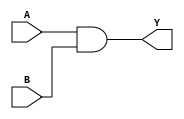
`timescale 1ns / 1ps
//////////////////////////////////////////////////////////////////////////////////
// Company: 
// Engineer: 
// 
// Design Name: 
// Module Name:    ANDgate 
// Project Name: 
// Target Devices: 
// Tool versions: 
// Description: 
//
// Dependencies: 
//
// Revision: 
// Revision 0.01 - File Created
// Additional Comments: 
//
//////////////////////////////////////////////////////////////////////////////////
module ANDgate(
    input A,
    input B,
    output Y
    );
assign Y=A & B;

endmodule